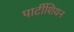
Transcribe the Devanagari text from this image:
पार्टीशियन